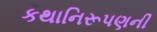
કથાનિરૂપણની